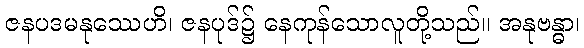
ဇနပဒမနုဿေဟိ၊ ဇနပုဒ်၌ နေကုန်သောလူတို့သည်။ အနုဗန္ဓာ၊